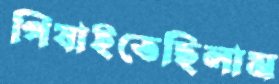
পিষাইতেছিলাম